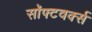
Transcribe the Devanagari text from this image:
सॉफ्टवर्क्स